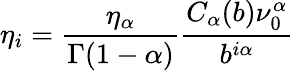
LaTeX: \eta_{i}=\frac{\eta_{\alpha}}{\Gamma(1-\alpha)}\frac{C_{\alpha}(b)\nu_{0}^{\alpha}}{b^{i\alpha}}